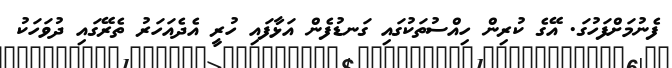
ފެނުމަށްފަހުގަ. އޭގެ ކުރިން ހިއްސުތަކުގައި ގަނޑުފެން އަޅާފައި ހުރީ އެދެއަހަރު ތެރޭގައި ދުވަހަކު